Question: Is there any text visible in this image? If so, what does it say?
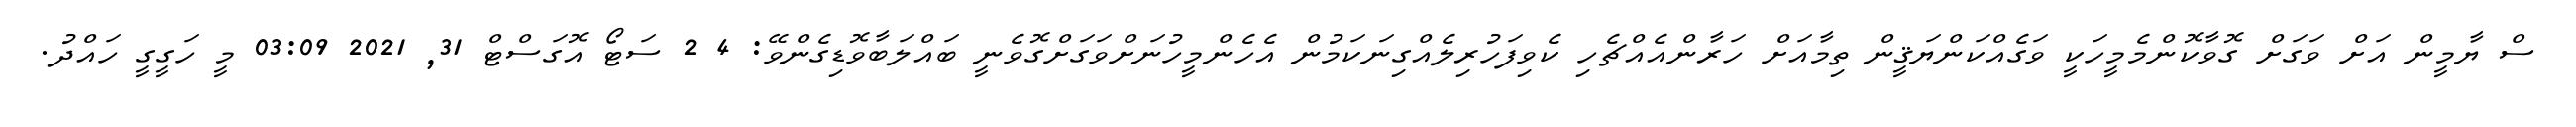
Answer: ސް ޔާމީން އަށް ވަގަށް ގޮވާކޮންމެމީހަކީ ވަގެއްކަންޔަޤީން ތިމާއަށް ހަރާންއެއްޗެހި ކެވިފަހުރިލެއްގިނަކަމުން އެހެންމީހުނަށްވަގަށްގޮވެނީ ބައްލަބާވޮޑިގެންވޭ: 4 2 ސަޓޯ އޮގަސްޓް 31, 2021 03:09 މީ ހަގީގީ ހައްދު.